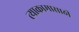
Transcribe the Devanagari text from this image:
त्याकामासाठी